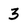
Character: 3